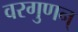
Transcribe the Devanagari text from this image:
वरगुणन्